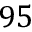
9 5